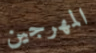
المهرجين